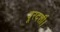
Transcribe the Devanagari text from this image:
दूरदर्शी।